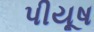
પીયૂષ